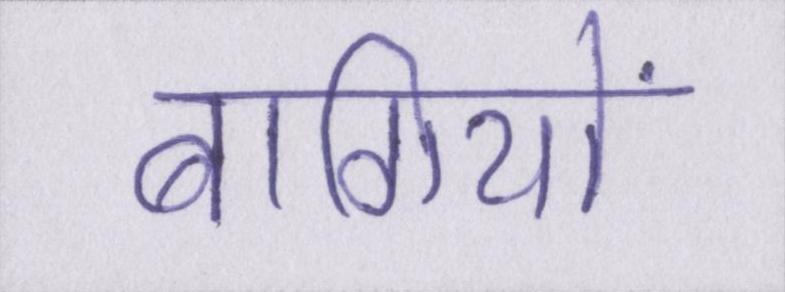
बागियों